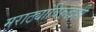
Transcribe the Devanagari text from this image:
मराठ्यांविरुद्धही